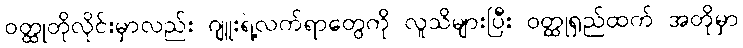
ဝတ္ထုတိုလိုင်းမှာလည်း ဂျူးရဲ့လက်ရာတွေကို လူသိများပြီး ဝတ္ထုရှည်ထက် အတိုမှာ